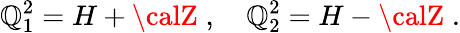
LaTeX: \mathbb{Q}_{1}^{2}=H+{\calZ}\; ,\quad\mathbb{Q}_{2}^{2}=H-{\calZ}\; .